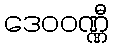
ဒေဝဝဏ္ဏီ